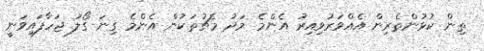
ތިން ކުޅުންތެރިން އެއްވަރުވިއިރު އެންމެ މަދު މެޗުތަކުން އެންމެ ގިނަ ގޯލު ޖަހާފައިވަނީ